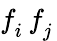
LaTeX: f_{i}^{\phantom{\dagger}}f_{j}^{\phantom{\dagger}}